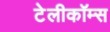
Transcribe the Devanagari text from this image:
टेलीकॉम्स